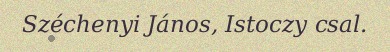
Széchenyi János, Istoczy csal.